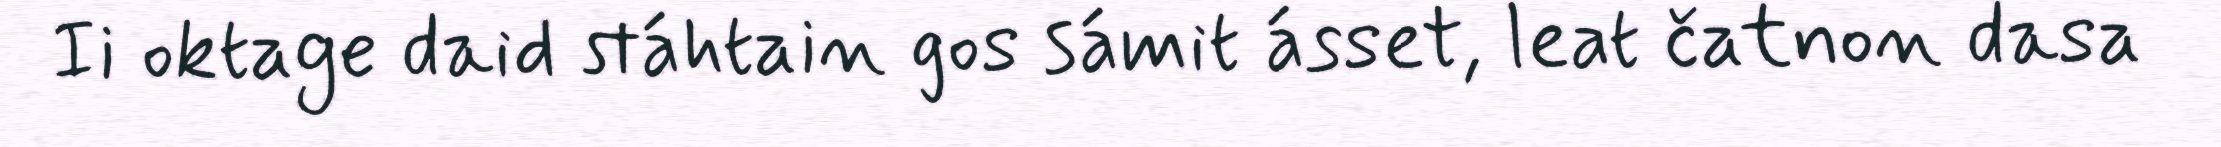
Ii oktage daid stáhtain gos sámit ásset, leat čatnon dasa